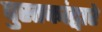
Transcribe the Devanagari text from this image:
पुस्तकांद्वारे